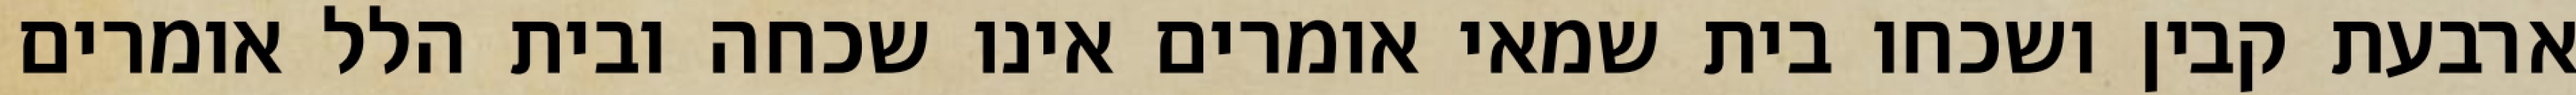
ארבעת קבין ושכחו בית שמאי אומרים אינו שכחה ובית הלל אומרים